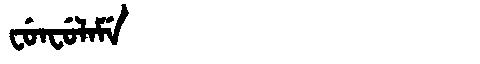
Manchu: ᠸᡠᠨᠸᡠᠯᠠᠮᡝ
Romanization: FUNFULAME